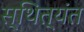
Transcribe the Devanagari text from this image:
स्थित्यंत